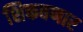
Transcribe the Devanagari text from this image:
शिकवणार